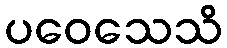
ပဝေသေသိ